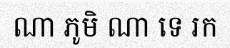
ណា ភូមិ ណា ទេ រក